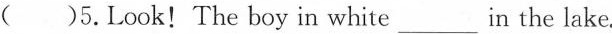
( )5.Look! The boy in white____in the lake.